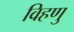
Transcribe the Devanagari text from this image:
विहणु